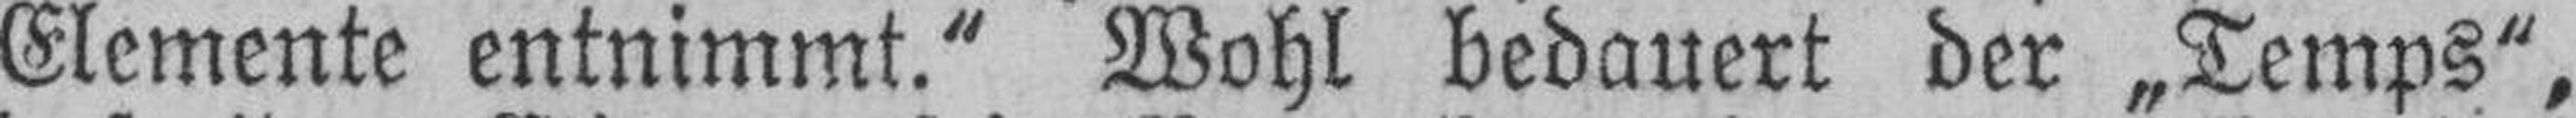
Elemente entnimmt.“ Wohl bedauert der „Temps“,